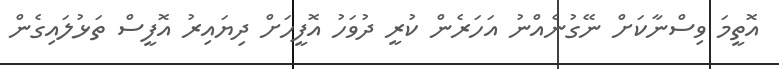
އޮތީމަ ވިސްނާކަށް ނޭގުނެއްނު އަހަރެން ކުރީ ދުވަހު އޮފީހަށް ދިޔައިރު އޮފީސް ތަޅުލައިގެން